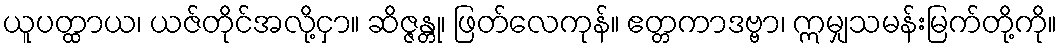
ယူပတ္ထာယ၊ ယဇ်တိုင်အလို့ငှာ။ ဆိဇ္ဇန္တု၊ ဖြတ်လေကုန်။ ဧတ္တကာဒဗ္ဗာ၊ ဣမျှသမန်းမြက်တို့ကို။